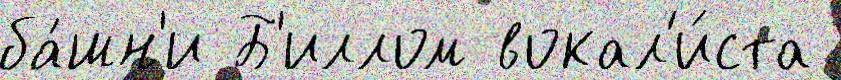
ба́шн'и Б'иллом вокал'и́ста